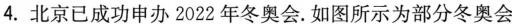
4.北京已成功申办2022年冬奥会.如图所示为部分冬奥会